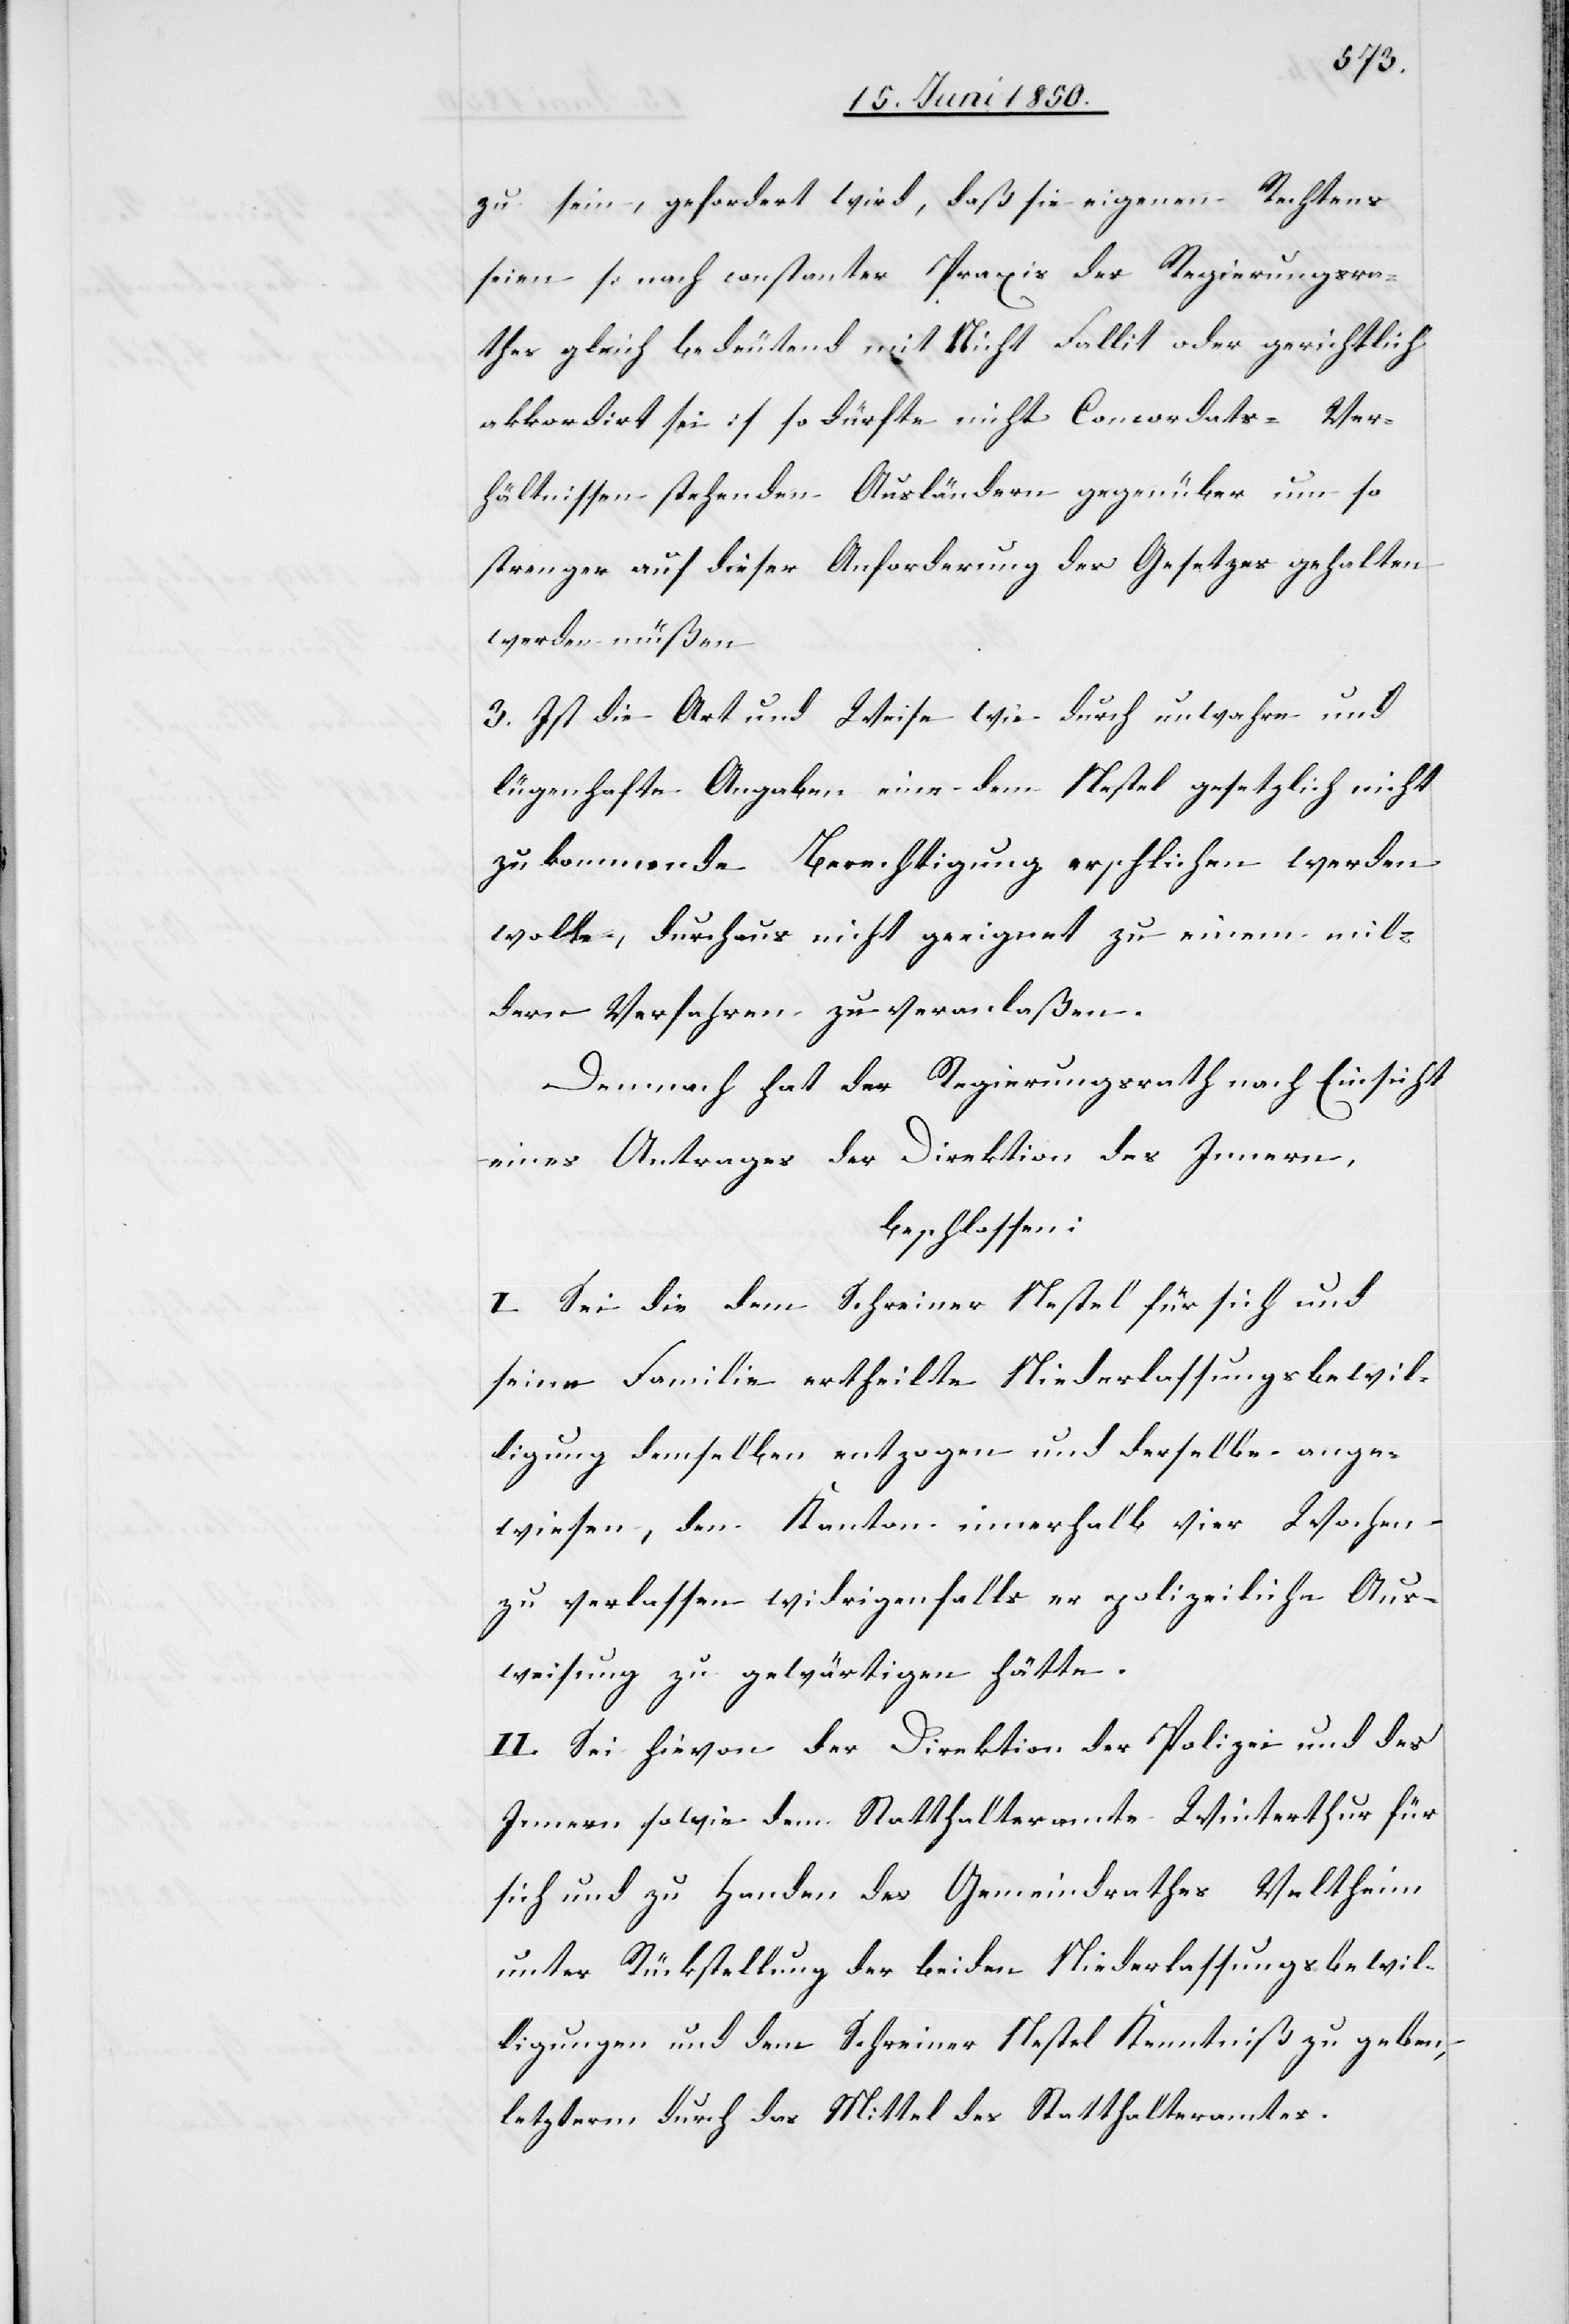
zu sein, gefordert wird, daß sie eigenen Rechtens
seien [nach constanter Praxis des Regierungsra¬
thes gleich bedeutend mit Nicht Fallit oder gerichtlich
akkordirt sei] so dürfte nicht [in] Concordats-Ver¬
hältnissen stehenden Ausländern gegenüber um so
strenger auf dieser Anforderung des Gesetzes gehalten
werden müßen
3. Ist die Art und Weise wie durch unwahre und
lügenhafte Angabe eine dem Nestel gesetzlich nicht
zukommende Berechtigung erschlichen werden
wolte [sic!], durchaus nicht geeignet zu einem mil¬
dern Verfahren zu veranlaßen.
Demnach hat der Regierungsrath nach Einsicht
eines Antrages der Direktion des Innern,
beschlossen:
I. Sei die dem Schreiner Nestel für sich und
seine Familie ertheilte Niederlassungsbewil¬
ligung demselben entzogen und derselbe ange¬
wiesen, den Kanton innerhalb vier Wochen
zu verlassen widrigenfalls er polizeiliche Aus¬
weisung zu gewärtigen hätte.
II. Sei hievon der Direktion der Polizei und des
Innern sowie dem Statthalteramte Winterthur für
sich und zu Handen des Gemeindrathes Veltheim
unter Rückstellung der beiden Niederlassungsbewil¬
ligungen und dem Schreiner Nestel Kenntniß zu geben,
letzterm durch das Mittel des Statthalteramtes.